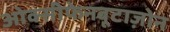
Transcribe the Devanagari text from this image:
ओक्सीफेनबूटाज़ोन